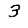
Digit: 3